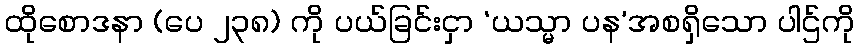
ထိုစောဒနာ (ပေ ၂၃၈) ကို ပယ်ခြင်းငှာ ‘ယသ္မာ ပန’အစရှိသော ပါဌ်ကို